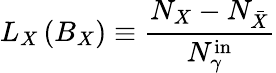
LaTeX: L_{X}\, (B_{X})\equiv{\frac{N_{X}-N_{\bar{X}}}{N_{\gamma}^{\mathrm{in}}}}